Indian journal of veterinary science and animal husbandry - Volumes 18-21, 1948-1951
Year: 1948
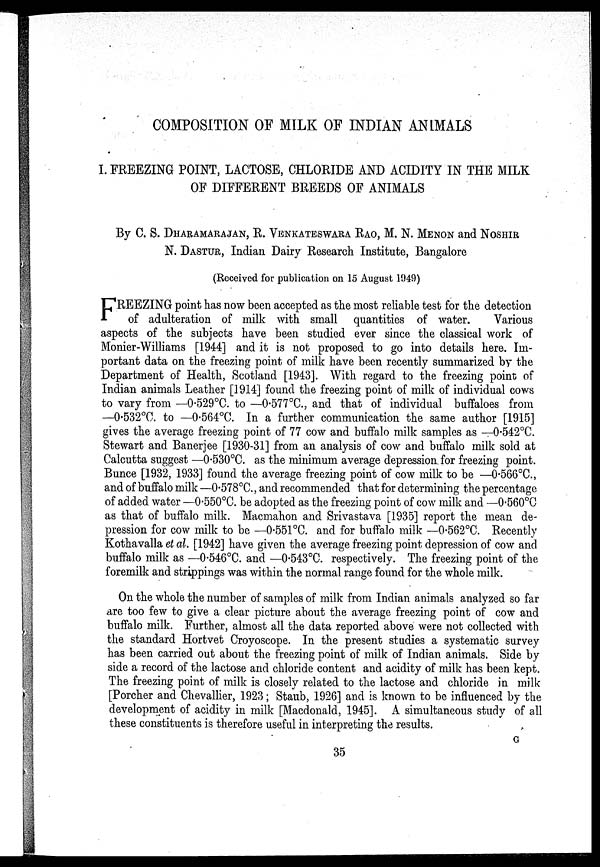
COMPOSITION OF MILK OF INDIAN ANIMALS
I. FREEZING POINT, LACTOSE, CHLORIDE AND ACIDITY IN THE MILK
OF DIFFERENT BREEDS OF ANIMALS
By C. S. DHARAMARAJAN, R. VENKATESWARA RAO, M. N. MENON and NOSHIR
N. DASTUR, Indian Dairy Research Institute, Bangalore
(Received for publication on 15 August 1949)
F REEZING point has now been accepted as the most reliable test for the detection
of adulteration of milk with small quantities of water.
Various
aspects of the subjects have been studied ever since the classical work of
Monier-Williams [1944] and it is not proposed to go into details here. Im-
portant data on the freezing point of milk have been recently summarized by the
Department of Health, Scotland [1943]. With regard to the freezing point of
Indian animals Leather [1914] found the freezing point of milk of individual cows
to vary from —0.529°C. to —0.577°C., and that of individual buffaloes from
—0.532°C. to —0.564°C. In a further communication the same author [1915]
gives the average freezing point of 77 cow and buffalo milk samples as —0.542°C.
Stewart and Banerjee [1930-31] from an analysis of cow and buffalo milk sold at
Calcutta suggest —0.530°C. as the minimum average depression for freezing point.
Bunce [1932, 1933] found the average freezing point of cow milk to be —0.566°C.,
and of buffalo milk —0.578°C., and recommended that for determining the percentage
of added water —0.550°C. be adopted as the freezing point of cow milk and —0.560°C
as that of buffalo milk. Macmahon and Srivastava [1935] report the mean de-
pression for cow milk to be —0.551°C. and for buffalo milk —0.562°C. Recently
Kothavalla et al. [1942] have given the average freezing point depression of cow and
buffalo milk as —0.546°C. and —0.543°C. respectively. The freezing point of the
foremilk and strippings was within the normal range found for the whole milk.
On the whole the number of samples of milk from Indian animals analyzed so far
are too few to give a clear picture about the average freezing point of cow and
buffalo milk. Further, almost all the data reported above were not collected with
the standard Hortvet Croyoscope. In the present studies a systematic survey
has been carried out about the freezing point of milk of Indian animals. Side by
side a record of the lactose and chloride content and acidity of milk has been kept.
The freezing point of milk is closely related to the lactose and chloride in milk
[Porcher and Chevallier, 1923; Staub, 1926] and is known to be influenced by the
development of acidity in milk [Macdonald, 1945]. A simultaneous study of all
these constituent
G
35